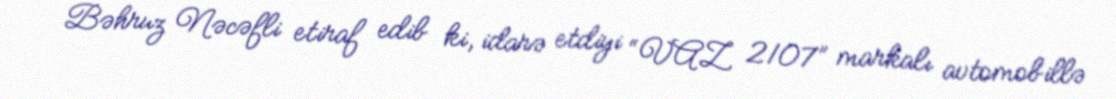
Bəhruz Nəcəfli etiraf edib ki, idarə etdiyi “VAZ 2107” markalı avtomobillə